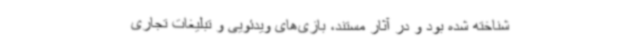
شناخته شده بود و در آثار مستند، بازی‌های ویدئویی و تبلیغات تجاری